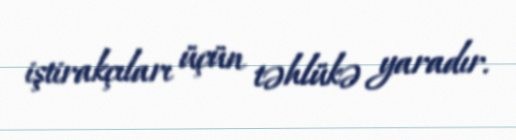
iştirakçıları üçün təhlükə yaradır.